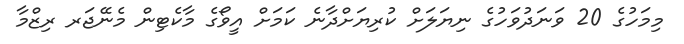
މިމަހުގެ 20 ވަނަދުވަހުގެ ނިޔަލަށް ކުރިޔަށްދާނެ ކަމަށް އީވޯގެ މާކެޓިން މެނޭޖަރ ރިޒްމާ